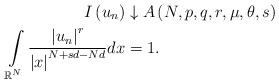
LaTeX: \begin{align*}I\left( u_{n}\right) & \downarrow A\left( N,p,q,r,\mu,\theta,s\right) \\\int\limits_{\mathbb{R}^{N}}\frac{\left\vert u_{n}\right\vert ^{r}}{\left\vert x\right\vert^{N+sd-Nd}}dx & =1.\end{align*}